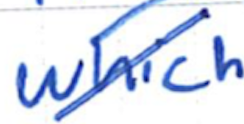
Text: which
Cross-out: diagonal
Writing tool: ballpoint